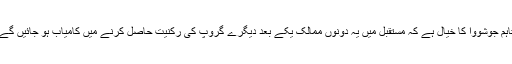
تاہم جوشووا کا خیال ہے کہ مستقبل میں یہ دونوں ممالک یکے بعد دیگرے گروپ کی رکنیت حاصل کرنے میں کامیاب ہو جائیں گے۔